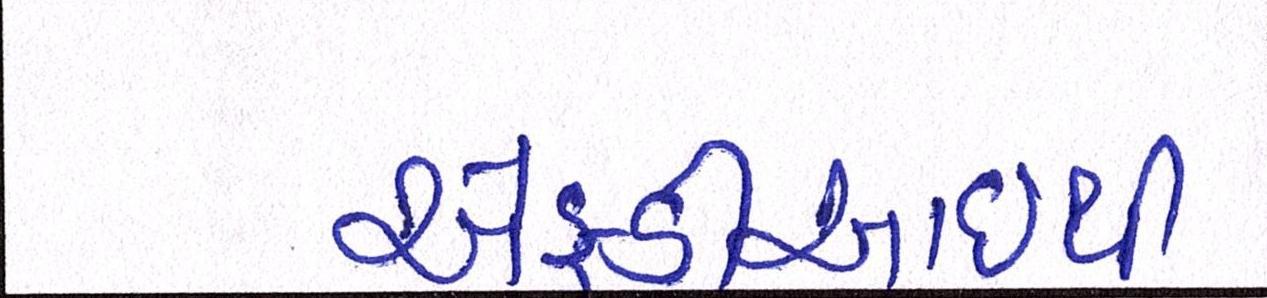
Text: એફડીઆઇથી